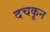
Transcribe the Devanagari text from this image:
दचकून